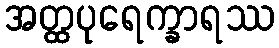
အတ္ထပုရေက္ခာရဿ